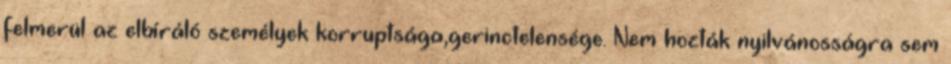
felmerül az elbíráló személyek korruptsága,gerinctelensége. Nem hozták nyilvánosságra sem